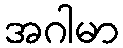
အဂါမာ